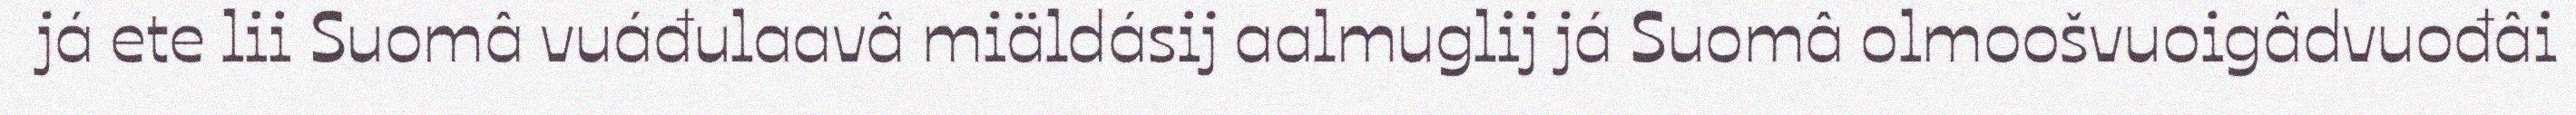
já ete lii Suomâ vuáđulaavâ miäldásij aalmuglij já Suomâ olmoošvuoigâdvuođâi